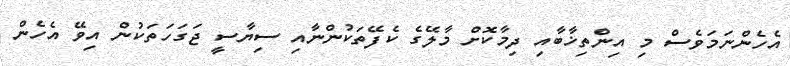
އެހެންނަމަވެސް މި އިންތިޚާބާއި ދިމާކޮށް މާލޭގެ ކެފޭތަކުންނާއި ސިޔާސީ ޖަގަހަތަކުން އިވޭ އެހެން